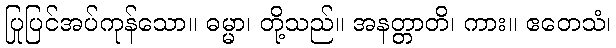
ပြုပြင်အပ်ကုန်သော။ ဓမ္မာ၊ တို့သည်။ အနတ္တာတိ၊ ကား။ ဧတေသံ၊